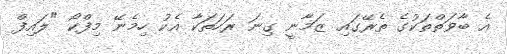
އެ ބާވަތްތަކުގެ ތެރޭގައި ޒަމާނީ ގިނަ ރަހަތަކާ އެކު ހިމެނޭ މިފްކޯ "ލައިފް